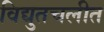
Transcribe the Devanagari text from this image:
विद्युतचलीत